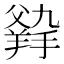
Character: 𤕛